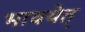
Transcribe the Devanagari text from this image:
भावयेत्‌